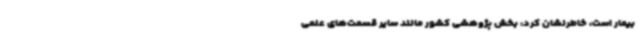
بیمار است، خاطرنشان کرد: بخش پژوهشی کشور مانند سایر قسمت‌های علمی